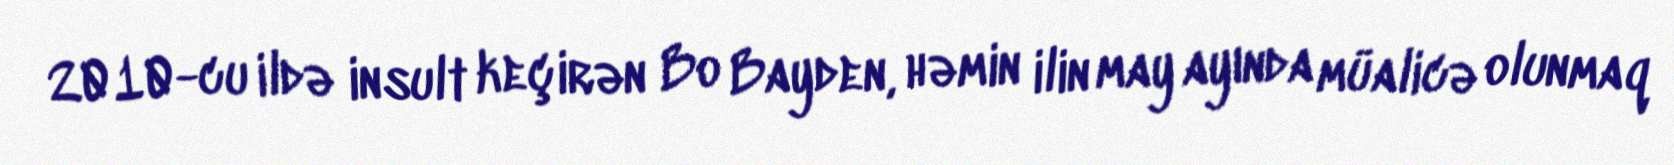
2010-cu ildə insult keçirən Bo Bayden, həmin ilin may ayında müalicə olunmaq